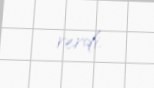
verdi.